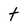
Character: t